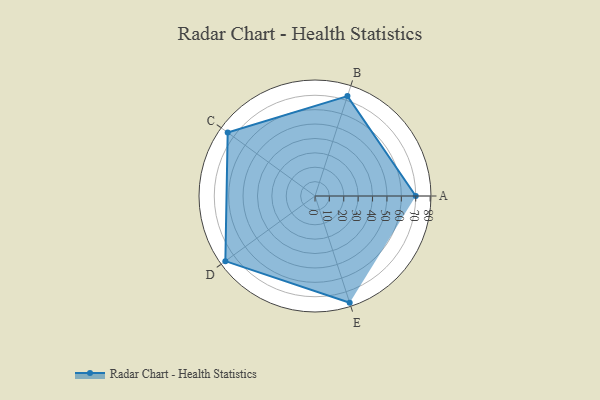
{"axis": {"x": "Skill", "y": "Score"}, "legend": ["Profile"], "data": [{"x": "A", "y": 70.0, "type": "Profile"}, {"x": "B", "y": 73.0, "type": "Profile"}, {"x": "C", "y": 75.0, "type": "Profile"}, {"x": "D", "y": 77.0, "type": "Profile"}, {"x": "E", "y": 78.0, "type": "Profile"}]}